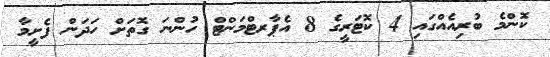
ކޮންމެ ބުރިއެއްގައި 4 ކޮޓަރީގެ 8 އެޕާރޓްމަންޓް ހުންނަ ގޮތަށް ހަދަން ފެށީމާ